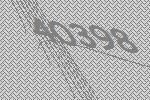
40398